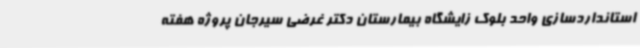
استانداردسازی واحد بلوک زایشگاه بیمارستان دکتر غرضی سیرجان پروژه هفته